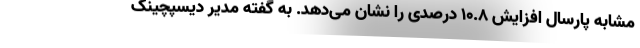
مشابه پارسال افزایش ۱۰.۸ درصدی را نشان می‌دهد. به گفته مدیر دیسپچینگ